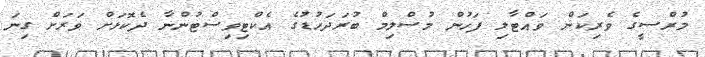
މުރްސީގެ ވެރިކަން ވައްޓާލި ފަހުން މުސްލިމް ބުރަދަހުުޑުގެ އެކްޓިވިސްޓުންނާ ދެކޮޅަށް ވަރަށް ގިނަ